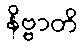
နိဗ္ဗာတိ